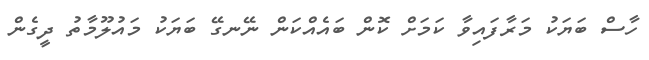
ހާސް ބަޔަކު މަރާފައިވާ ކަމަށް ކޮން ބައެއްކަން ނޭނގޭ ބަޔަކު މައުލޫމާތު ދީގެން